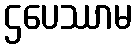
ဌပေဿာမ